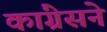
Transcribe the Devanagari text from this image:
कांग्रेसने